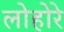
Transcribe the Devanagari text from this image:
लोहोरे